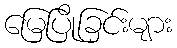
မြေပြိုခြင်းများ